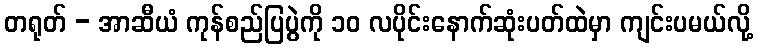
တရုတ် - အာဆီယံ ကုန်စည်ပြပွဲကို ၁၀ လပိုင်းနောက်ဆုံးပတ်ထဲမှာ ကျင်းပမယ်လို့